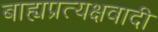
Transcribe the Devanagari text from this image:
बाह्यप्रत्यक्षवादी